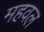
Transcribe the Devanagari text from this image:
महवल